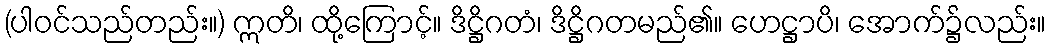
(ပါဝင်သည်တည်း။) ဣတိ၊ ထို့ကြောင့်။ ဒိဋ္ဌိဂတံ၊ ဒိဋ္ဌိဂတမည်၏။ ဟေဋ္ဌာပိ၊ အောက်၌လည်း။